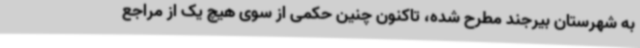
به شهرستان بیرجند مطرح شده، تاکنون چنین حکمی از سوی هیچ یک از مراجع